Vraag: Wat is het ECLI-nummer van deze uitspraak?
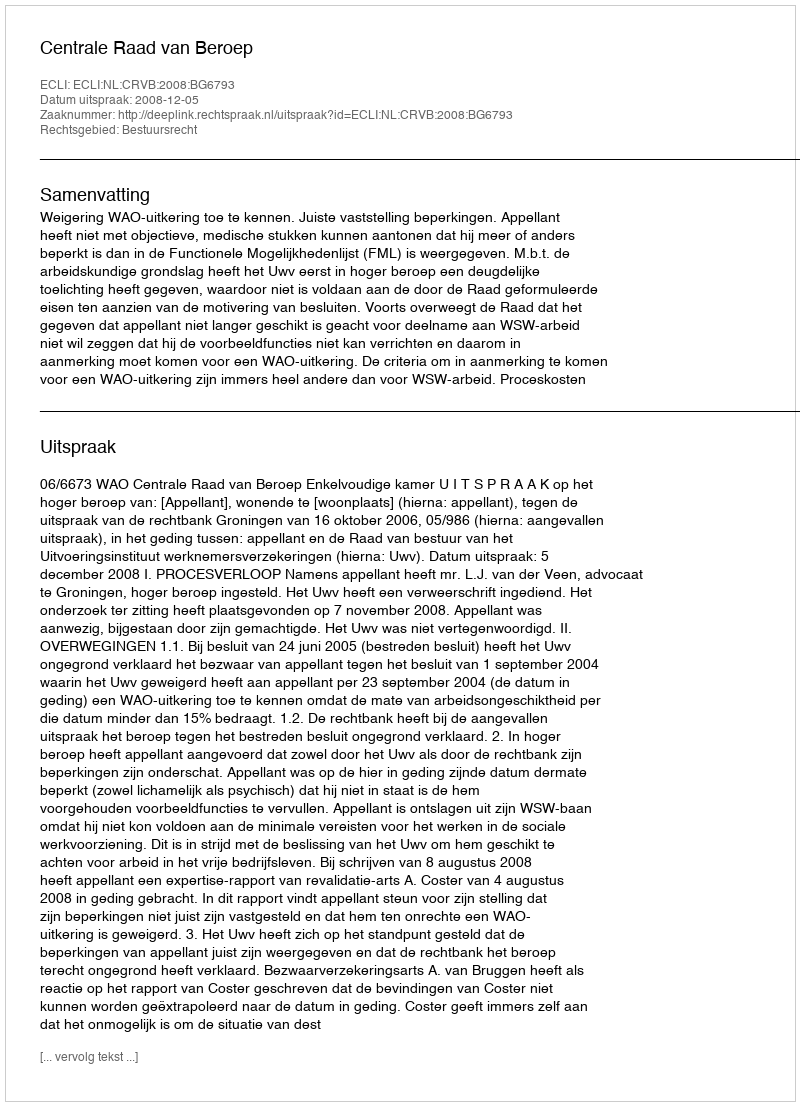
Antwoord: ECLI:NL:CRVB:2008:BG6793